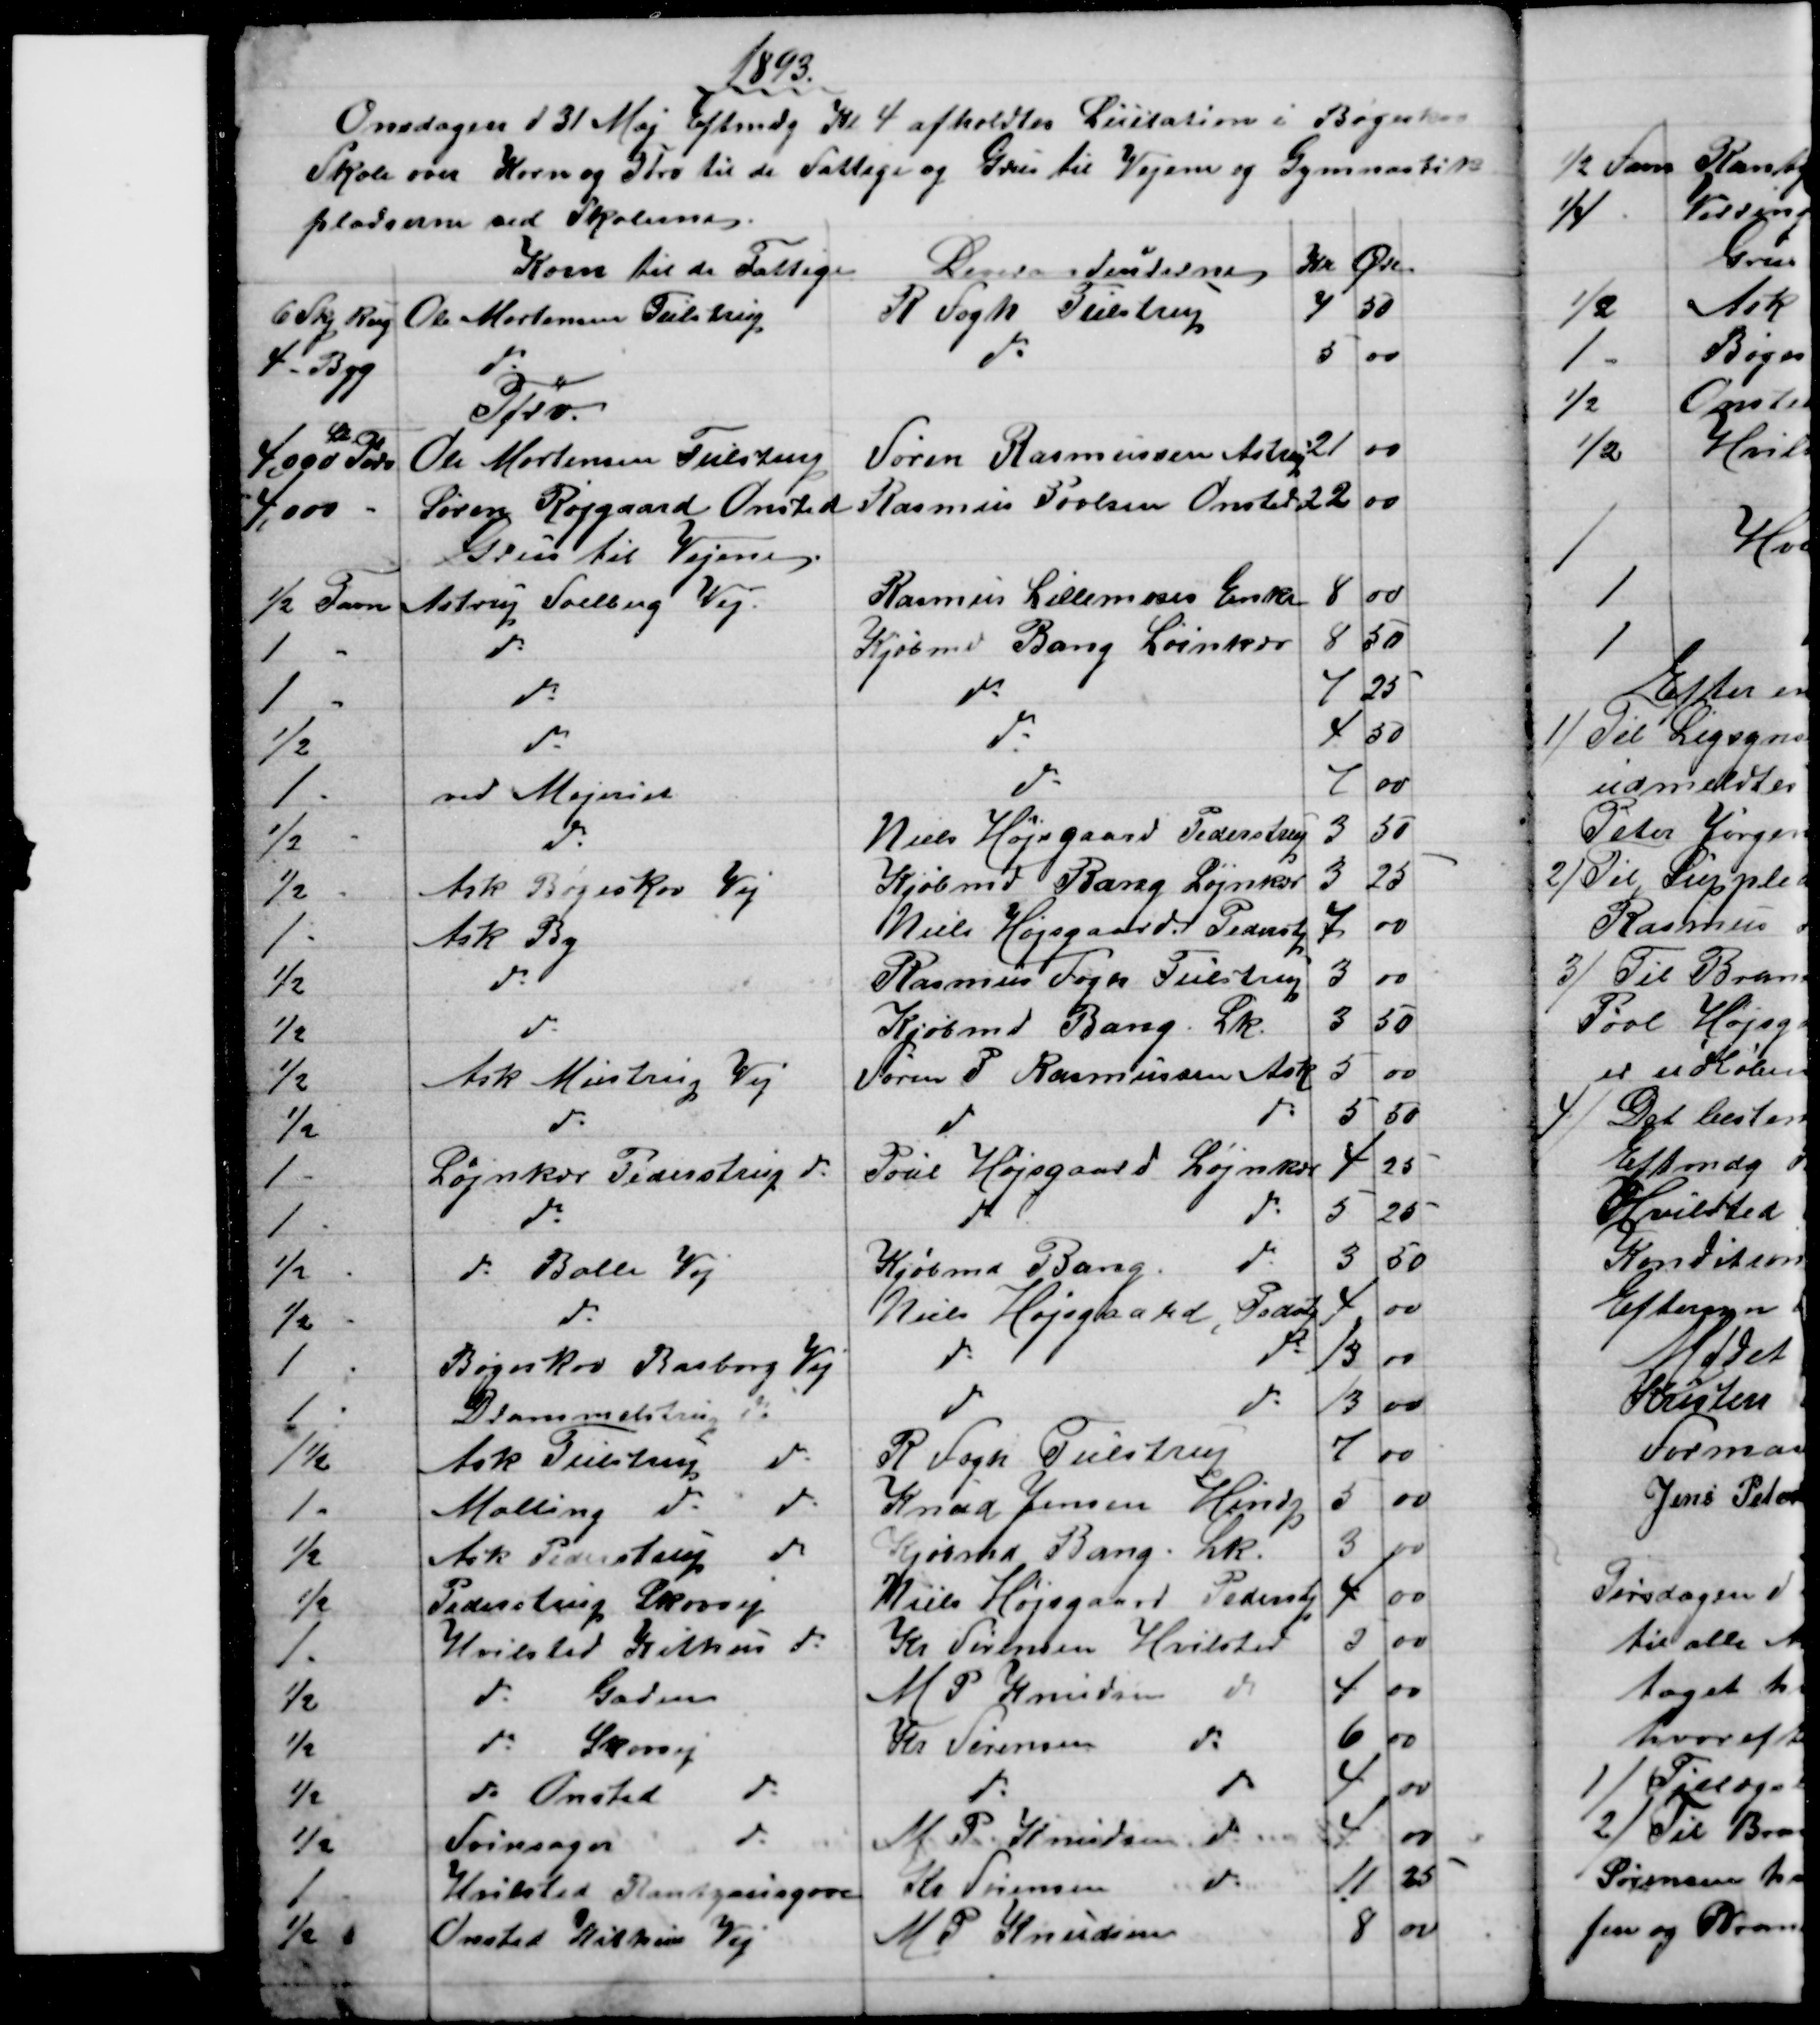
Transskription:
1893.
Onsdagen d 31 Maj Eftmdg Kl 4 afholdtes Licitation i Bøgekov
Skole over Korn og Tørv til de Fattige og Grus til Vejene og Gymnastik
pladserne ved Skolerne
Korn til de Fattige
Leverandeurerne
Kr
Øre
6 Skp Rug
Ole Mortensen Tulstrup
R. Fogh Tulstrup
4
50
4 - Byg
do
do
5
00
Tørv
4.000 
St
Tørv
Ole Mortensen Tulstrup
Søren Rasmussen Astrup
21
00
4,000 -
Søren Røjgaard Onsted 
Rasmus Povlsen Onsted
22
00
Grus til Vejene 
½ Favn
Astrup Soelberg Vej.
Rasmus Lillemoses Enke
8
00
1
do
Kjøbmd Bang Løinkjær
8
50
1
do
do
7
25
½
do
do
4
50
1
ved Mejeriet
do
7
00
½
do
Niels Højsgaard Pederstrup
3
50
½
Ask Bøgeskov Vej
Kjøbmd Barng Løjnkjær
3
25
1
Ask By
Niels Højsgaard. Pederstp
7
00
½
do
Rasmus Fogh Tulstrup
3
00
½
do
Kjøbmd Bang. Lk.
3
50
½
Ask Mustrup Vej
Søren P. Rasmussen Ask
5
00
½
do
do
do
5
50
1
Løjnkær Pederstrup do
Poul Højsgaard Løjnkær
4
25
1
do
do
do
5
25
½
do Balle Vej
Kjøbmd Bang.
do
3
50
½
do
Niels Højsgaard
Pedestp
4
00
1
Bøgeskov Rasborg Vej
do 
do
13
00
1
Drammelstrup do
do
do
13
00
1½
Ask Tulstrup
do
R Fogh Tulstrup
7
00
1 
Malling do
do
Knud Jensen Hindp
5
00
1/2
Ask Pederstrup do
Kjøbmd Bang. Lk.
3
00
½
Pederstrup Skovvej
Niels Højsgaard Pederstp
4
00
1
Hvilsted Kithuts do
Kr Sørensen Hvilsted
5
00
½
do Gaden
M P. Knudsen do
4
00
½
do Skovvej
Kr Sørensen
do
6
00
½	
do Onsted
do
do
do
4
00
½
Svinsager
do
M. P. Knudsen do
4
00
1
Hvilsted Rantzausgave
Kr Sørensen
do
11
25
½
Onsted Kithus Vej
M. P. Knudsen
8
00